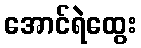
အောင်ရဲထွေး